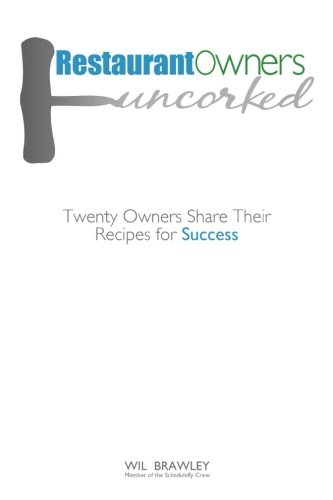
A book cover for Restaurant Owners Uncorked: Twenty Owners Share Their Recipes for Success; Wil Brawley; Business & Money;